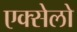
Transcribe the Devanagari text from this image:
एक्सेलो